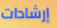
إرشادات